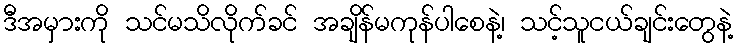
ဒီအမှားကို သင်မသိလိုက်ခင် အချိန်မကုန်ပါစေနဲ့၊ သင့်သူငယ်ချင်းတွေနဲ့